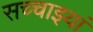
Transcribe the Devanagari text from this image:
सच्चाइयां